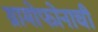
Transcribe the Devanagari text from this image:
ग्रामोफोनाची